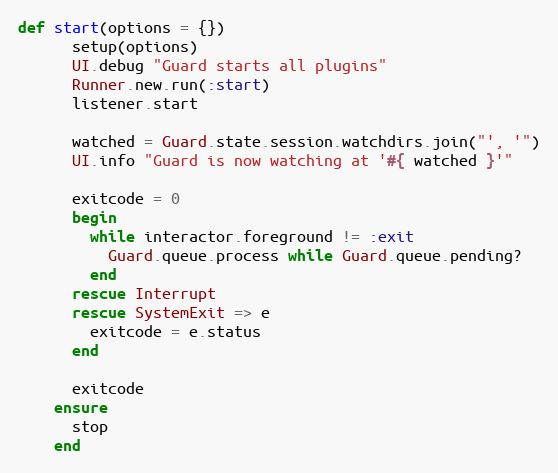
Language: Ruby
def start(options = {})
      setup(options)
      UI.debug "Guard starts all plugins"
      Runner.new.run(:start)
      listener.start

      watched = Guard.state.session.watchdirs.join("', '")
      UI.info "Guard is now watching at '#{ watched }'"

      exitcode = 0
      begin
        while interactor.foreground != :exit
          Guard.queue.process while Guard.queue.pending?
        end
      rescue Interrupt
      rescue SystemExit => e
        exitcode = e.status
      end

      exitcode
    ensure
      stop
    end